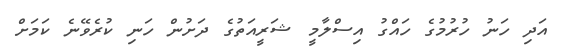
އަދި ހަނު ހުރުމުގެ ހައްގު އިސްލާމީ ޝަރީއަތުގެ ދަށުން ހަނި ކުރެވޭނެ ކަމަށް